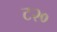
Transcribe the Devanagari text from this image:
ट२०